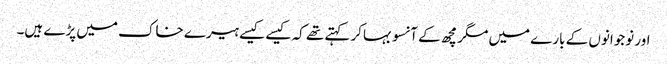
اور نوجوانوں کے بارے میں مگرمچھ کے آنسو بہاکر کہتے تھے کہ کیسے کیسے ہیرے خاک میں پڑے ہیں۔